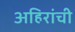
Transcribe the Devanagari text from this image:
अहिरांची